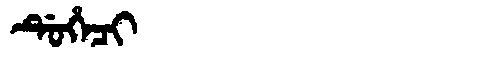
Manchu: ᡩᡠᡥᡝᠴᡳ
Romanization: DUHECI